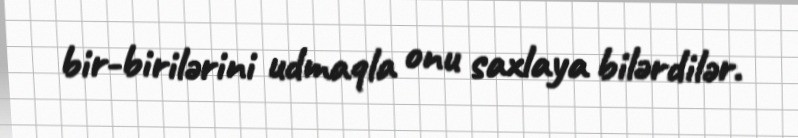
bir-birilərini udmaqla onu saxlaya bilərdilər.